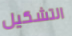
التشكيل